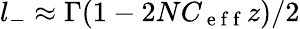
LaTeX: l_{-}\approx\Gamma(1-2NC_{\mathrm{~e~f~f~}}z)/2